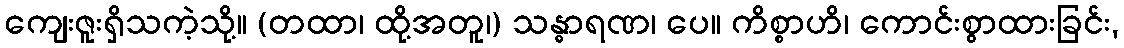
ကျေးဇူးရှိသကဲ့သို့။ (တထာ၊ ထို့အတူ၊) သန္ဓာရဏ၊ ပေ။ ကိစ္စာဟိ၊ ကောင်းစွာထားခြင်း,